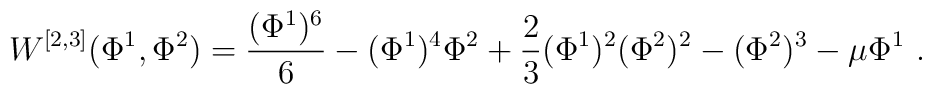
W^{[2,3]}(\Phi^1, \Phi^2)={(\Phi^1)^6 \over 6}-(\Phi^1)^4\Phi^2+{2\over 3}(\Phi^1)^2(\Phi^2)^2-(\Phi^2)^3 -\mu \Phi^1~.